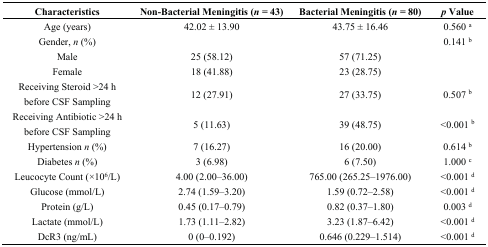
| Characteristics | Non-Bacterial Meningitis (n = 43) | Bacterial Meningitis (n = 80) | p Value |
 | --- | --- | --- | --- |
 | Age (years) | 42.02 ± 13.90 | 43.75 ± 16.46 | 0.560 a |
 | Gender, n (%) |  |  | 0.141 b |
 | Male | 25 (58.12) | 57 (71.25) |  |
 | Female | 18 (41.88) | 23 (28.75) |  |
 | Receiving Steroid >24 h before CSF Sampling | 12 (27.91) | 27 (33.75) | 0.507 b |
 | Receiving Antibiotic >24 h before CSF Sampling | 5 (11.63) | 39 (48.75) | <0.001 b |
 | Hypertension n (%) | 7 (16.27) | 16 (20.00) | 0.614 b |
 | Diabetes n (%) | 3 (6.98) | 6 (7.50) | 1.000 c |
 | Leucocyte Count (×106/L) | 4.00 (2.00–36.00) | 765.00 (265.25–1976.00) | <0.001 d |
 | Glucose (mmol/L) | 2.74 (1.59–3.20) | 1.59 (0.72–2.58) | <0.001 d |
 | Protein (g/L) | 0.45 (0.17–0.79) | 0.82 (0.37–1.80) | 0.003 d |
 | Lactate (mmol/L) | 1.73 (1.11–2.82) | 3.23 (1.87–6.42) | <0.001 d |
 | DcR3 (ng/mL) | 0 (0–0.192) | 0.646 (0.229–1.514) | <0.001 d |